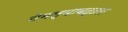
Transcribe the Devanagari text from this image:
नेमल्याबद्दल